Report of the Indian Hemp Drugs Commission, 1894-1895 - Volume IV
Year: 1894
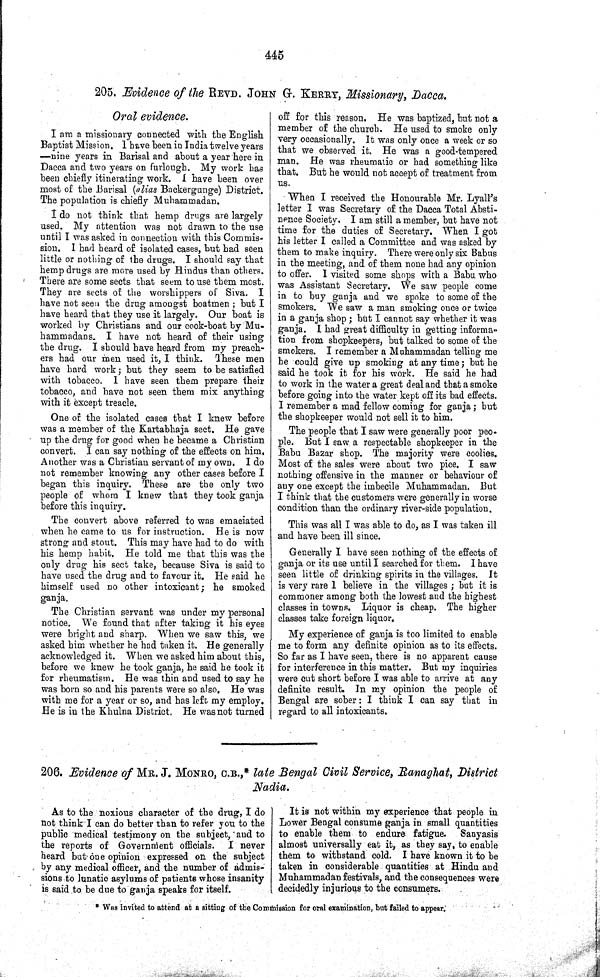
445
205. Evidence of the REVD. JOHN G. KERRY, Missionary, Dacca.
Oral evidence.
I am a missionary connected with the English
Baptist Mission. I have been in India twelve years
—nine years in Barisal and about a year here in
Dacca and two years on furlough. My work has
been chiefly itinerating work. I have been over
most of the Barisal (alias Backergunge) District.
The population is chiefly Muhammadan.
I do not think that hemp drugs are largely
used. My attention was not drawn to the use
until I was asked in connection with this Commis-
sion. I had heard of isolated cases, but had seen
little or nothing of the drugs. I should say that
hemp drugs are more used by Hindus than others.
There are some sects that seem to use them most.
They are sects of the worshippers of Siva. I
have not seen the drug amongst boatmen; but I
have heard that they use it largely. Our boat is
worked by Christians and our cook-boat by Mu-
hammadans. I have not heard of their using
the drug. I should have heard from my preach-
ers had our men used it, I think. These men
have hard work; but they seem to be satisfied
with tobacco. I have seen them prepare their
tobacco, and have not seen them mix anything
with it except treacle.
One of the isolated cases that I knew before
was a member of the Kartabhaja sect. He gave
up the drug for good when he became a Christian
convert. I can say nothing of the effects on him.
Another was a Christian servant of my own. I do
not remember knowing any other cases before I
began this inquiry. These are the only two
people of whom I knew that they took ganja
before this inquiry.
The convert above referred to was emaciated
when he came to us for instruction. He is now
strong and stout. This may have had to do with
his hemp habit. He told me that this was the
only drug his sect take, because Siva is said to
have used the drug and to favour it. He said he
himself used no other intoxicant; he smoked
ganja.
The Christian servant was under my personal
notice. We found that after taking it his eyes
were bright and sharp. When we saw this, we
asked him whether he had taken it. He generally
acknowledged it. When we asked him about this,
before we knew he took ganja, he said he took it
for rheumatism. He was thin and used to say he
was born so and his parents were so also. He was
with me for a year or so, and has left my employ.
He is in the Khulna District. He was not turned
off for this reason. He was baptized, but not a
member of the church. He used to smoke only
very occasionally. It was only once a week or so
that we observed it. He was a good-tempered
man. He was rheumatic or had something like
that. But he would not accept of treatment from
us.
When I received the Honourable Mr. Lyall's
letter I was Secretary of the Dacca Total Absti-
nence Society. I am still a member, but have not
time for the duties of Secretary. When I got
his letter I called a Committee and was asked by
them to make inquiry. There were only six Babus
in the meeting, and of them none had any opinion
to offer. I visited some shops with a Babu who
was Assistant Secretary. We saw people come
in to buy ganja and we spoke to some of the
smokers. We saw a man smoking once or twice
in a ganja shop; but I cannot say whether it was
ganja. I had great difficulty in getting informa-
tion from shopkeepers, but talked to some of the
smokers. I remember a Muhammadan telling me
he could give up smoking at any time; but he
said he took it for his work. He said he had
to work in the water a great deal and that a smoke
before going into the water kept off its bad effects.
I remember a mad fellow coming for ganja; but
the shopkeeper would not sell it to him.
The people that I saw were generally poor peo-
ple. But I saw a respectable shopkeeper in the
Babu Bazar shop. The majority were coolies.
Most of the sales were about two pice. I saw
nothing offensive in the manner or behaviour of
any one except the imbecile Muhammadan. But
I think that the customers were generally in worse
condition than the ordinary river-side population.
This was all I was able to do, as I was taken ill
and have been ill since.
Generally I have seen nothing of the effects of
ganja or its use until I searched for them. I have
seen little of drinking spirits in the villages. It
is very rare I believe in the villages; but it is
commoner among both the lowest and the highest
classes in towns. Liquor is cheap. The higher
classes take foreign liquor.
My experience of ganja is too limited to enable
me to form any definite opinion as to its effects.
So far as I have seen, there is no apparent cause
for interference in this matter. But my inquiries
were cut short before I was able to arrive at any
definite result. In my opinion the people of
Bengal are sober: I think I can say that in
regard to all intoxicants.
206. Evidence of MR. J. MONRO, C.B.,* late Bengal Civil Service, Ranaghat, District
Nadia.
As to the noxious character of the drug, I do
not think I can do better than to refer you to the
public medical testimony on the subject, and to
the reports of Government officials. I never
heard but one opinion expressed on the subject
by any medical officer, and the number of admis-
sions to lunatic asylums of patients whose insanity
is said to be due to ganja speaks for itself.
It is not within my experience that people in
Lower Bengal consume ganja in small quantities
to enable them to endure fatigue.
Sanyasis
almost universally eat it, as they say, to enable
them to withstand cold. I have known it to be
taken in considerable quantities at Hindu and
Muhammadan festivals, and the consequences were
decidedly injurious to the consumers.
* Was invited to attend at a sitting of the Commission for oral examination, but failed to appear.